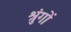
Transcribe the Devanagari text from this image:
श्रुंगों